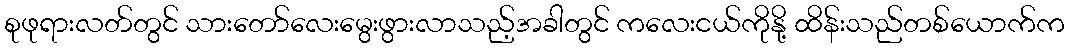
စုဖုရားလတ်တွင် သားတော်လေးမွေးဖွားလာသည့်အခါတွင် ကလေးငယ်ကိုနို့ ထိန်းသည်တစ်ယောက်က